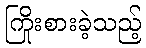
ကြိုးစားခဲ့သည့်